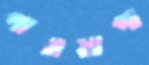
পাওয়াপা